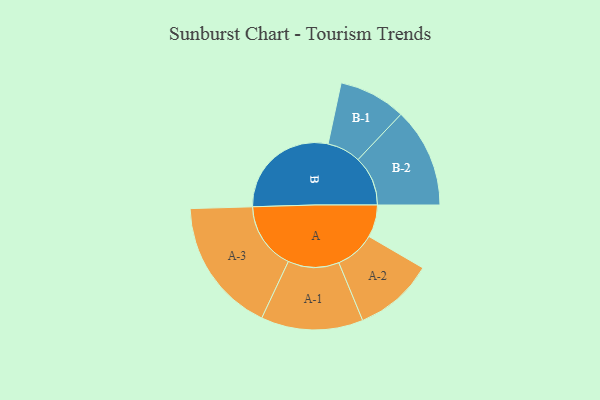
{"axis": {"x": "Segment", "y": "Value"}, "legend": ["", "A", "B"], "data": [{"x": "A", "y": 137, "type": ""}, {"x": "B", "y": 470, "type": ""}, {"x": "A-1", "y": 216, "type": "A"}, {"x": "A-2", "y": 169, "type": "A"}, {"x": "A-3", "y": 286, "type": "A"}, {"x": "B-1", "y": 142, "type": "B"}, {"x": "B-2", "y": 211, "type": "B"}]}